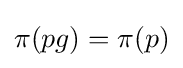
\pi (pg)=\pi (p)